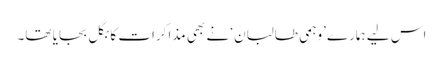
اس لیے ہمارے ’وہمی طالبان‘ نے بھی مذاکرات کا بگل بجایا تھا۔